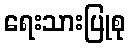
ရေးသားပြုစု